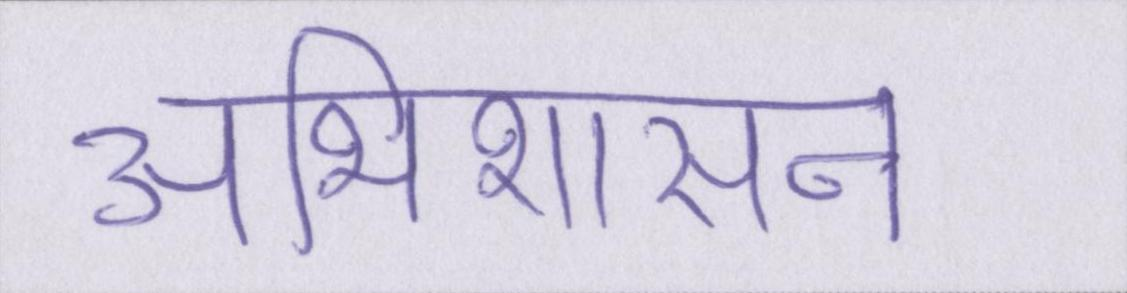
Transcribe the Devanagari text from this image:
अभिशासन